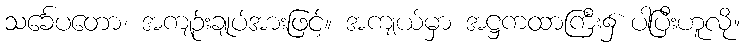
သင်္ခေပတော၊ အကျဉ်းချုပ်အားဖြင့်။ အကျယ်မှာ အဋ္ဌကထာကြီး၌ ပါပြီးဟူလို။